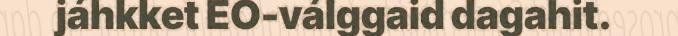
jáhkket EO-válggaid dagahit.